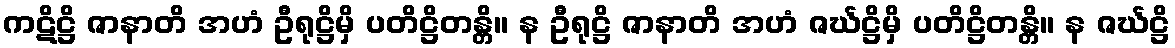
ကဋိဋ္ဌိ ဇာနာတိ အဟံ ဦရုဋ္ဌိမှိ ပတိဋ္ဌိတန္တိ။ န ဦရုဋ္ဌိ ဇာနာတိ အဟံ ဇင်္ဃဋ္ဌိမှိ ပတိဋ္ဌိတန္တိ။ န ဇင်္ဃဋ္ဌိ